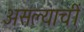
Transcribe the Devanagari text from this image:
असल्याचीं